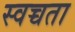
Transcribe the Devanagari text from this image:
स्वच्चता